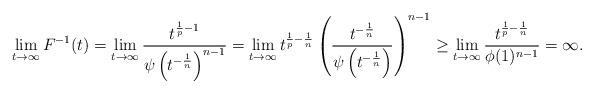
LaTeX: \begin{align*}\lim_{t \to \infty}F^{-1}(t) = \lim_{t \to \infty}\frac{t^{\frac1p-1}}{\psi \left(t^{- \frac{1}{n}} \right)^{n-1}}=\lim_{t \to \infty} t^{\frac1p-\frac1n} \left (\frac{t^{- \frac1n}}{\psi \left(t^{- \frac{1}{n}} \right) }\right)^{n-1} \ge \lim_{t \to \infty} \frac{t^{\frac1p-\frac1n}}{\phi (1 )^{n-1}}= \infty.\end{align*}